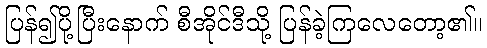
ပြန်၍ပို့ပြီးနောက် စီအိုင်ဒီသို့ ပြန်ခဲ့ကြလေတော့၏။